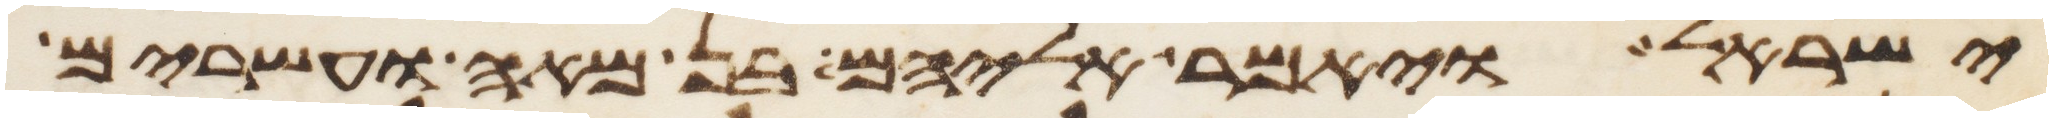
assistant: ישראל ויאמר אליהם בן מאה ועשרים